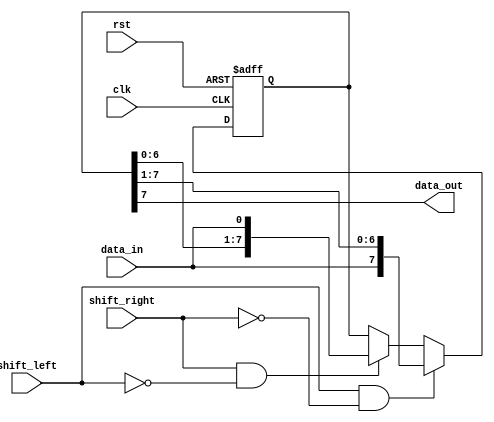
module bidirectional_shift_register (
    input wire clk,
    input wire rst,
    input wire shift_left,
    input wire shift_right,
    input wire data_in,
    output reg data_out
);

reg [7:0] shift_reg;

always @(posedge clk or posedge rst) begin
    if (rst) begin
        shift_reg <= 8'h00;
    end else begin
        if (shift_left && ~shift_right) begin
            shift_reg <= {data_in, shift_reg[7:1]};
        end else if (shift_right && ~shift_left) begin
            shift_reg <= {shift_reg[6:0], data_in};
        end
    end
end

assign data_out = shift_reg[7];

endmodule